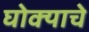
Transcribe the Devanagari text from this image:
घोक्याचे